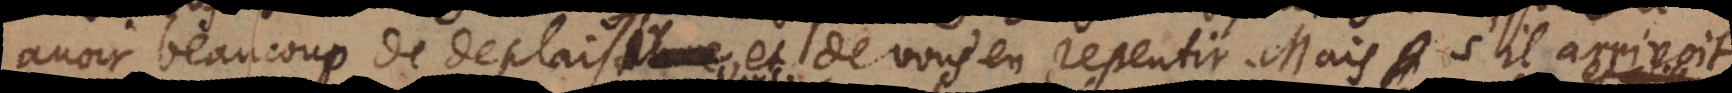
avoir beaucoup de deplaisir et de vous en repentir. Mais s’il arrivoit